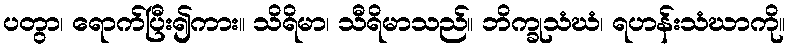
ပတွာ၊ ရောက်ပြီး၍ကား။ သိရိမာ၊ သီရိမာသည်။ ဘိက္ခုသံဃံ၊ ရဟန်းသံဃာကို။